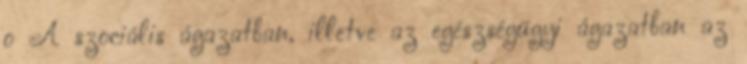
o A szociális ágazatban, illetve az egészségügyi ágazatban az